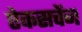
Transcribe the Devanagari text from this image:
ऐकसचेंज